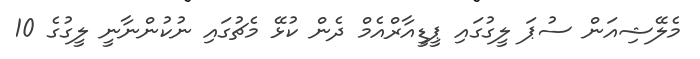
މެލޭޝިއަން ސުޕަ ލީގުގައި ޕީޑީއާރްއެމް ދެން ކުޅޭ މެޗުގައި ނުކުންނާނީ ލީގުގެ 10